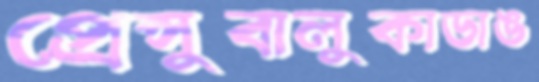
প্রেপ্সুবালুকাডাঙ